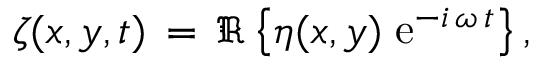
\zeta ( x , y , t ) \, = \, \Re \left\{ \eta ( x , y ) \; { \mathrm { e } } ^ { - i \, \omega \, t } \right\} ,